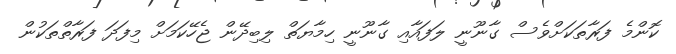
ކޮންމެ ފަރާތަކަށްވެސް ގާނޫނީ ލަފައާއި ގާނޫނީ ހިމާޔަތް ލިބިދޭން ޖެހޭކަމަށް މިފަދަ ފަރާތްތަކުން